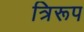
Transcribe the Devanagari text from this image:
त्रिरूप